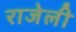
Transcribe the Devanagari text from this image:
राजेली